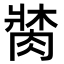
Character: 𦝍